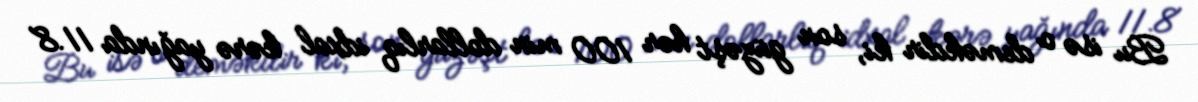
Bu isə o deməkdir ki, son güzəşt hər 100 min dollarlıq idxal kərə yağında 11.8